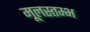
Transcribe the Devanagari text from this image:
मूलस्तम्भ